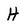
Character: H